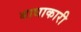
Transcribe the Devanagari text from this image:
बाधाकारी